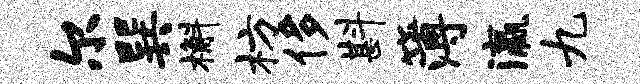
尔巽槲枋侈斟簿瀛九